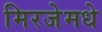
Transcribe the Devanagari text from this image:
मिरजेमधे